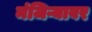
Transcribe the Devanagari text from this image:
मंजिऱ्यावर